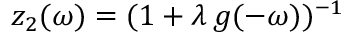
z _ { 2 } ( \omega ) = ( 1 + \ensuremath { \lambda } \, g ( - \omega ) ) ^ { - 1 }